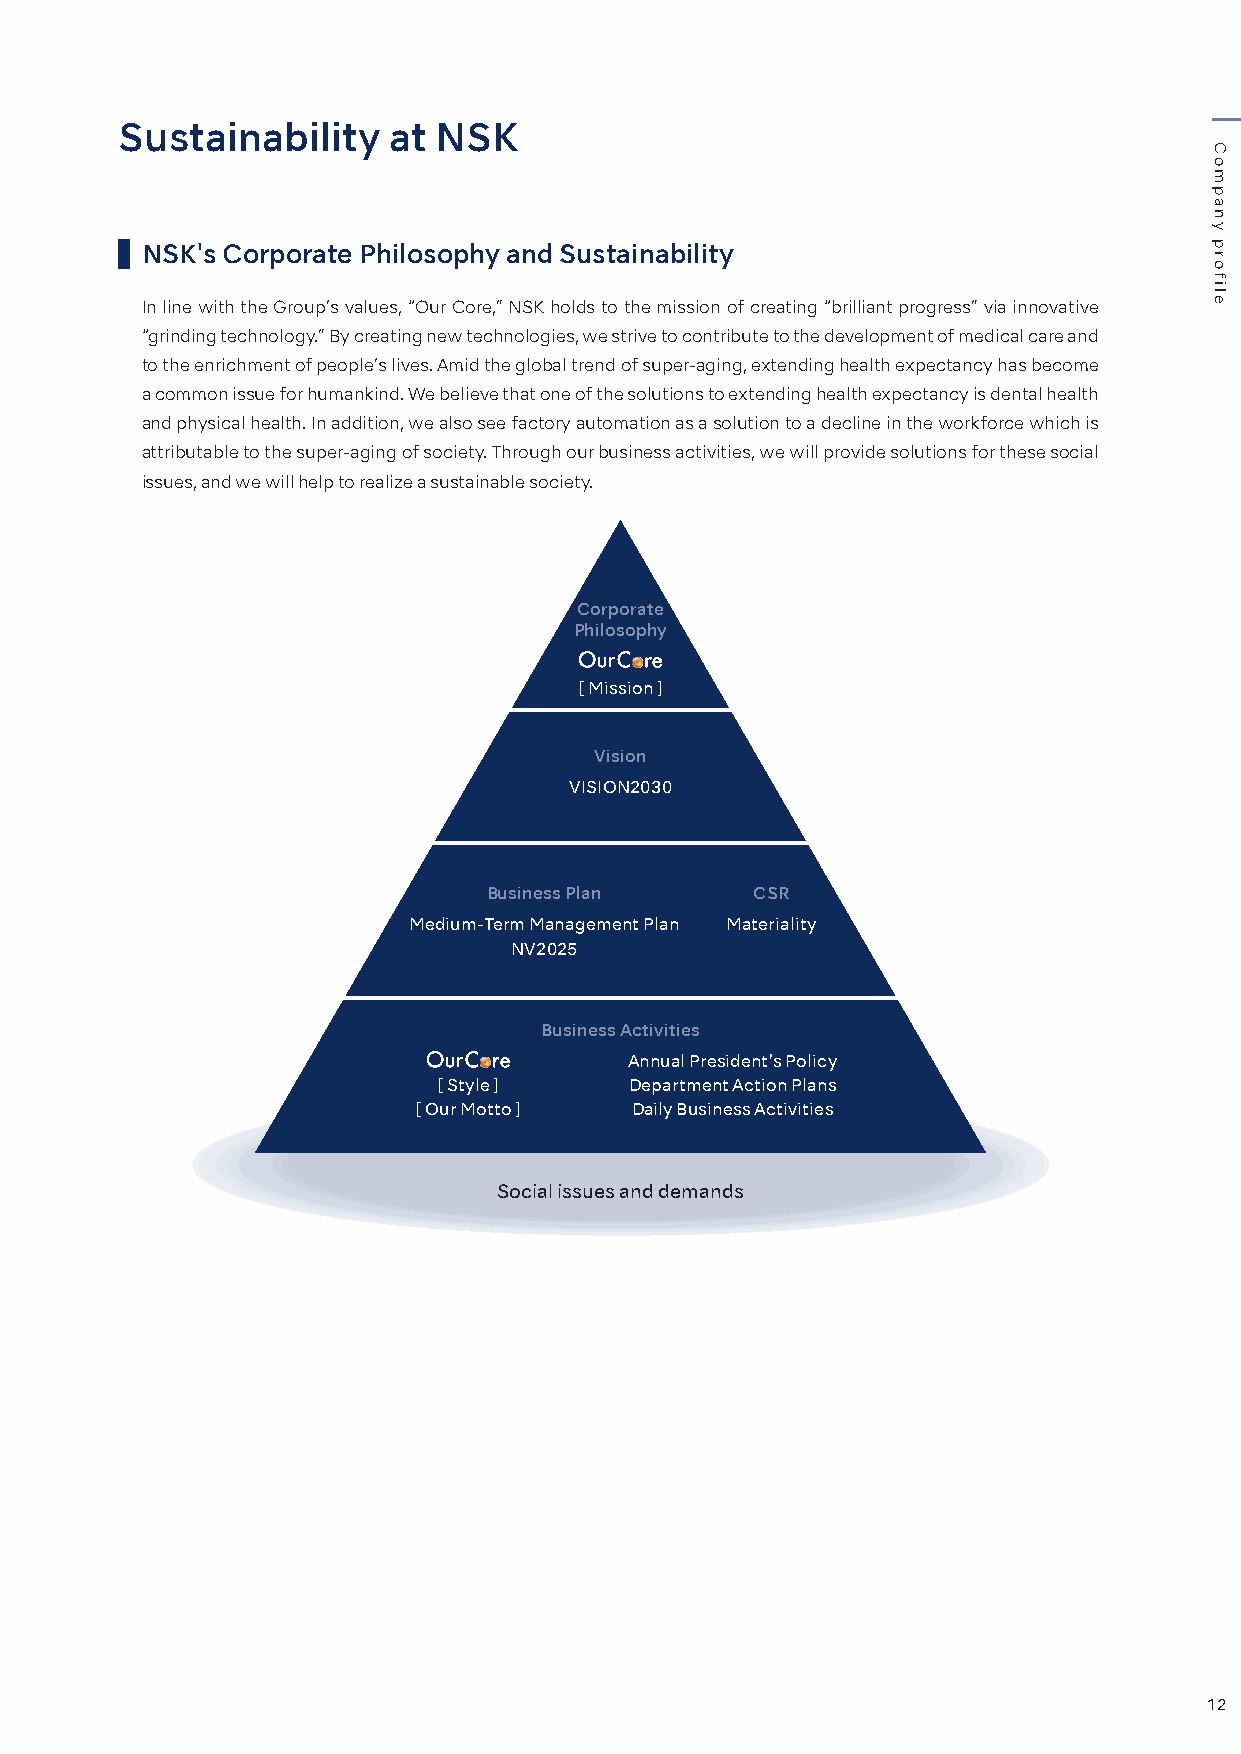
Sustainability    at NSK
 NSK's Corporate Philosophy and Sustainability
 In line with the Group’s values, “Our Core,” NSK holds to the mission of creating “brilliant progress” via innovative
 “grinding technology.” By creating new technologies, we strive to contribute to the development of medical care and
 to the enrichment of people’s lives. Amid the global trend of super-aging, extending health expectancy has become
 a common issue for humankind. We believe that one of the solutions to extending health expectancy is dental health
 and physical health. In addition, we also see factory automation as a solution to a decline in the workforce which is
 attributable to the super-aging of society. Through our business activities, we will provide solutions for these social
 issues, and we will help to realize a sustainable society.
 Corporate
 Philosophy
 [ Mission ]
 Vision
 VISION2030
 Business Plan     CSR
 Medium-Term Management Plan Materiality
 NV2025
 Business Activities
 Annual President’s Policy
 [ Style ]    Department Action Plans
 [ Our Motto ] Daily Business Activities
 Social issues and demands
 12
 Company
 profile